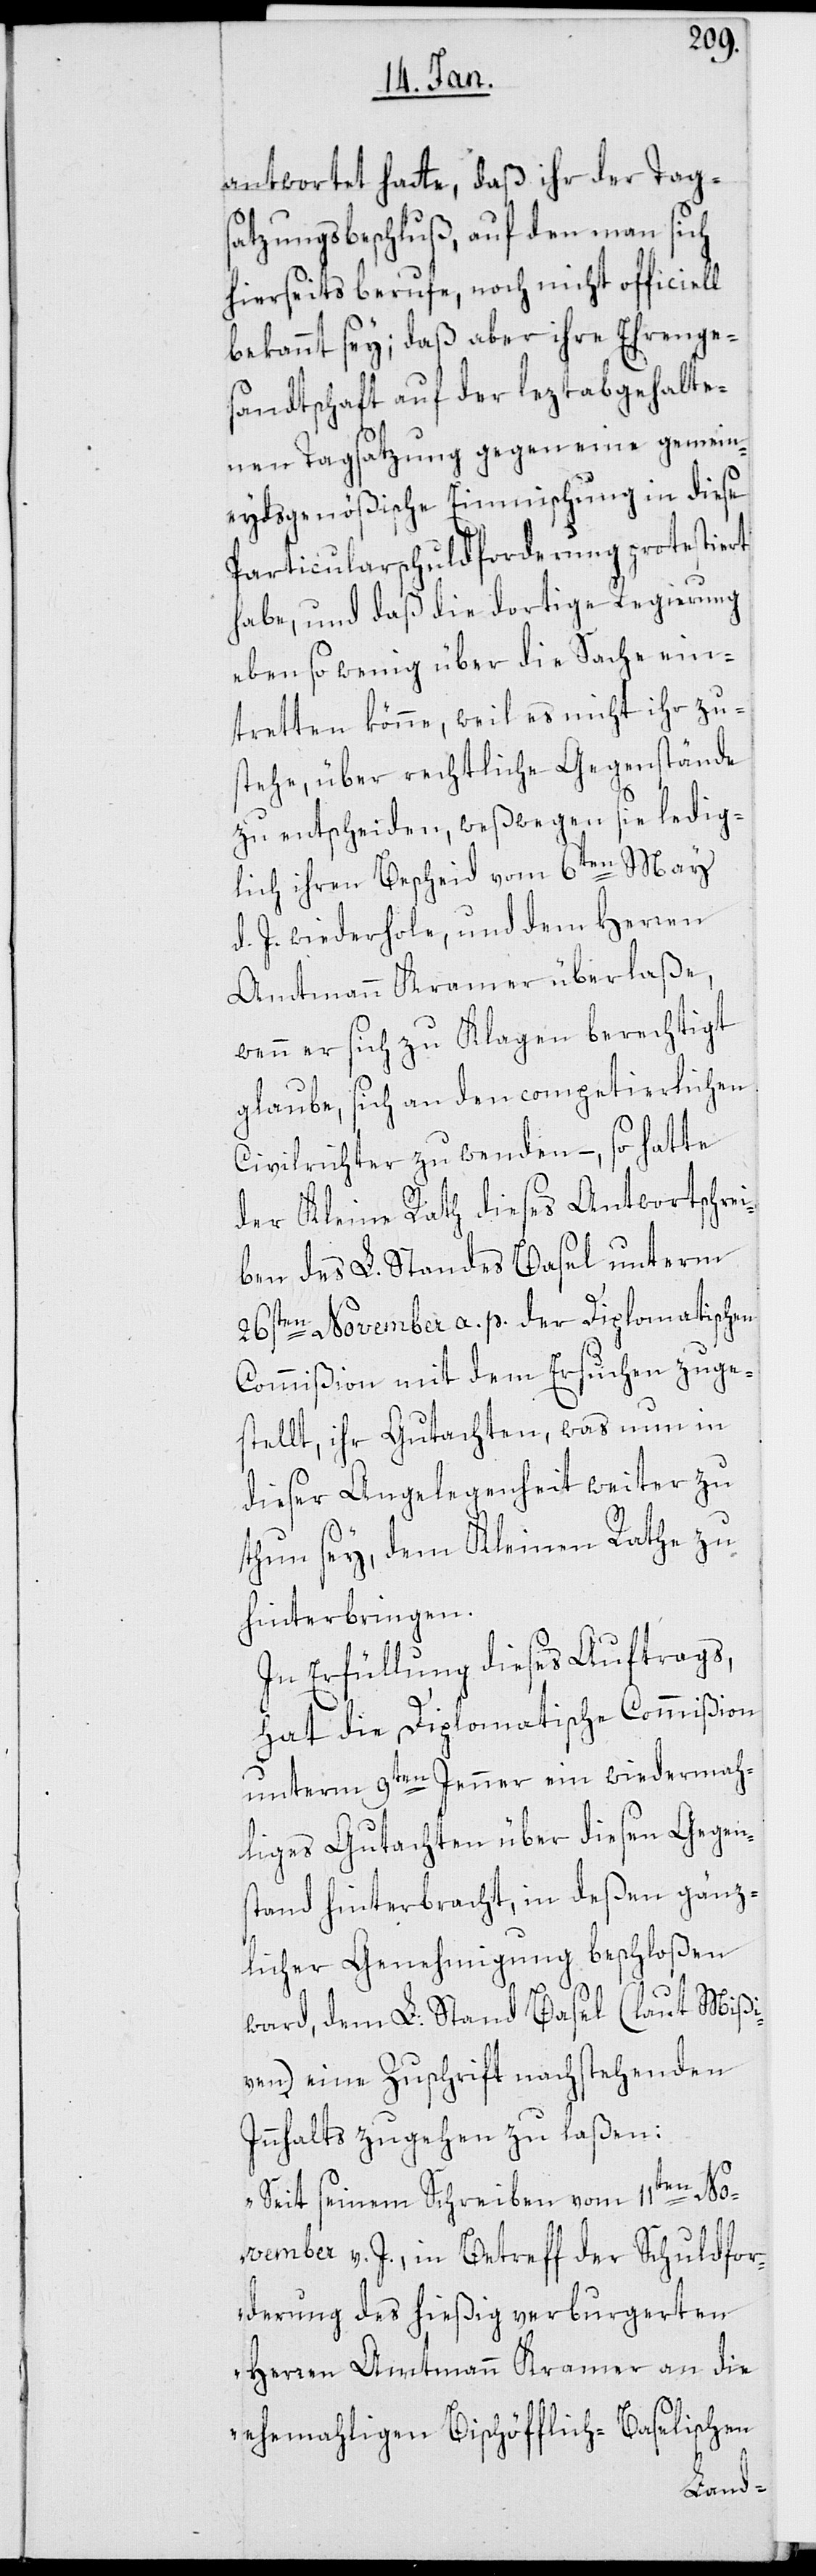
antwortet hatte, daß ihr der Tags¬
atzungsbeschluß, auf den man sich
hierseits berufe, noch nicht officiell
bekannt sey; daß aber ihre Ehrenge¬
sandtschaft auf der leztabgehalte¬
nen Tagsatzung gegen eine gemein¬
eydsgenößische Einmischung in diese
Paricularschuldforderung protestiert
habe, und daß die dortige Regierung
ebenso wenig über die Sache ein¬
tretten könne, weil es nicht ihr zu¬
stehe, über rechtliche Gegenstände
zu entscheiden, weßwegen sie ledig¬
lich ihren Bescheid vom 6ten
d. J. wiederhole, und dem Herren
Amtmann Kramer überlaße,
wenn er sich zu Klagen berechtigt
glaube, sich an den competierlichen
Civilrichter zu wenden, – so hatte
der Kleine Rath dieses Antwortschre¬
iben des L. Standes Basel unterm
26sten November a. p. der Diplomatischen
Commißion mit dem Ersuchen zuge¬
stellt, ihr Gutachten, was nun in
dieser Angelegenheit weiter zu
thun sey, dem Kleinen Rathe zu
hinterbringen.
In Erfüllung dieses Auftrags,
hat die Diplomatische Commißion
en Jenner ein wiedermah¬
unterm 9t¬
liges Gutachten über diesen Gegen¬
stand hinterbracht, in deßen gänz¬
licher Genehmigung beschloßen
ward, dem L: Stand Basel (laut Mißi¬
ven) eine Zuschrift nachstehenden
Innhalts zugehen zu laßen:
„Seit seinem Schreiben vom 11ten No¬
vember v. J. in Betreff der Schuldfor¬
derung des hießig verburgerten
Herren Amtmann Kramer an die
ehemahligen Bischöfflich-Baselischen